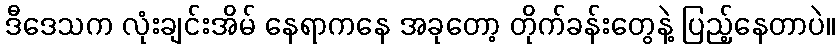
ဒီဒေသက လုံးချင်းအိမ် နေရာကနေ အခုတော့ တိုက်ခန်းတွေနဲ့ ပြည့်နေတာပဲ။